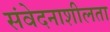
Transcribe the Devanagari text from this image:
संवेदनाशीलता